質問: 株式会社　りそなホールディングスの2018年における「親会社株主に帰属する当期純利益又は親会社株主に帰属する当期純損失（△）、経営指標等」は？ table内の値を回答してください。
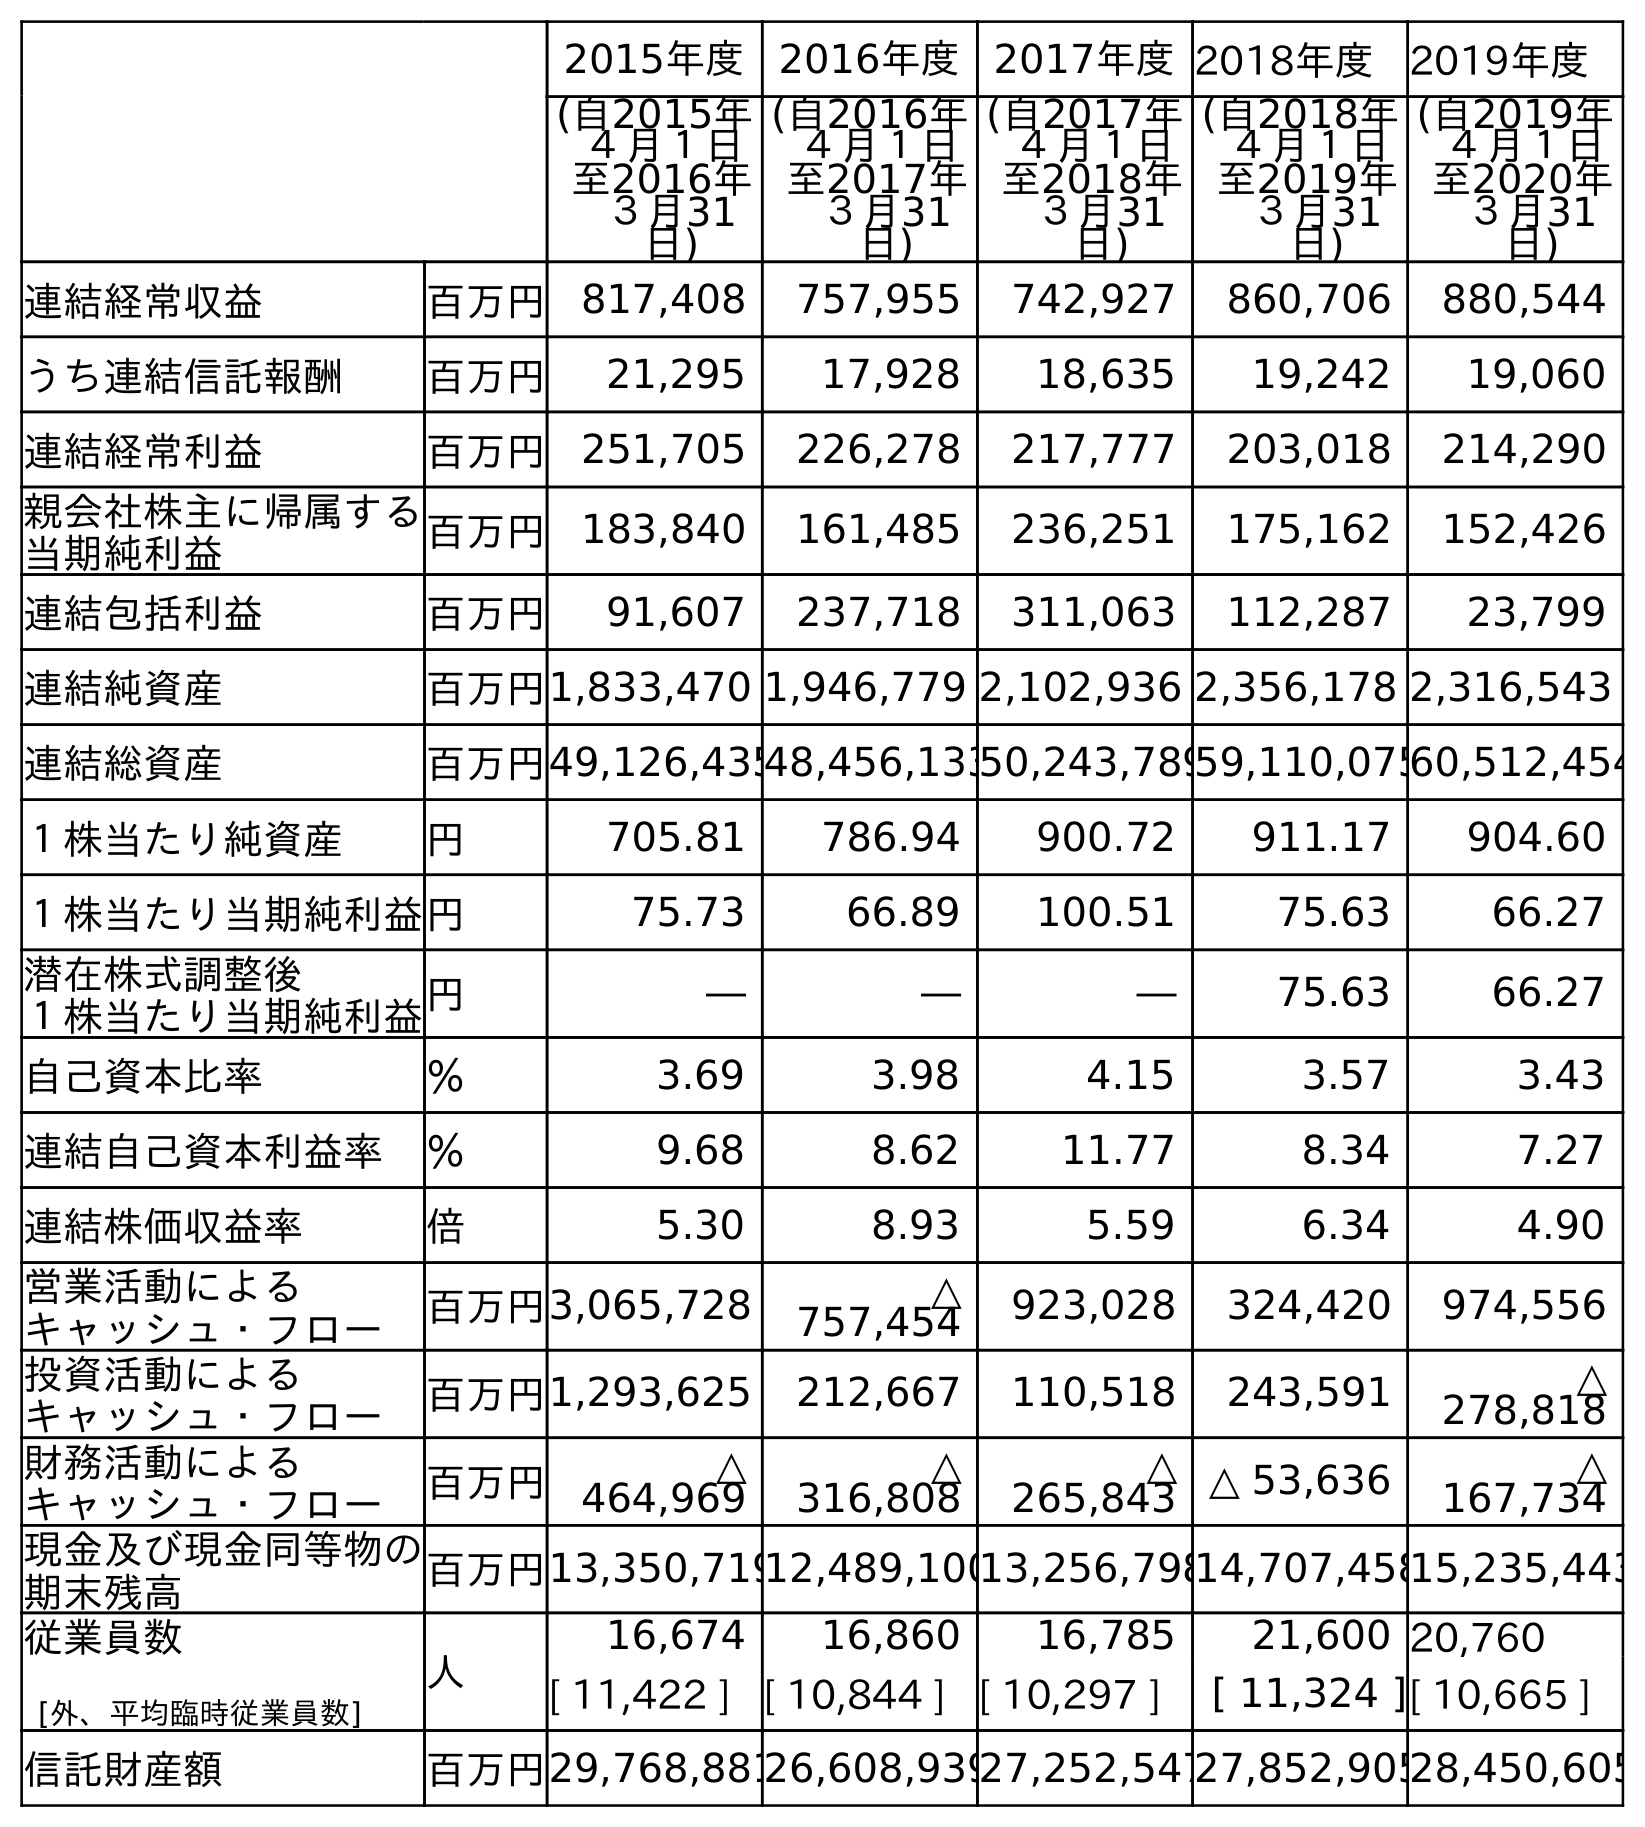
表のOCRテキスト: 2015年度 2016年度 2017年度2018年度 2019年度 (自2015年 ４月１日 至2016年 ３月31 日) (自2016年 ４月１日 至2017年 ３月31 日) (自2017年 ４月１日 至2018年 ３月31 日) (自2018年 ４月１日 至2019年 ３月31 日) (自2019年 ４月１日 至2020年 ３月31 日) 連結経常収益 百万円 817,408 757,955 742,927 860,706 880,544 うち連結信託報酬 百万円 21,295 17,928 18,635 19,242 19,060 連結経常利益 百万円 251,705 226,278 217,777 203,018 214,290 親会社株主に帰属する 当期純利益 百万円 183,840 161,485 236,251 175,162 152,426 連結包括利益 百万円 91,607 237,718 311,063 112,287 23,799 連結純資産 百万円1,833,470 1,946,779 2,102,936 2,356,178 2,316,543 連結総資産 百万円49,126,43548,456,13350,243,78959,110,07560,512,454 １株当たり純資産 円 705.81 786.94 900.72 911.17 904.60 １株当たり当期純利益円 75.73 66.89 100.51 75.63 66.27 潜在株式調整後 １株当たり当期純利益円 ― ― ― 75.63 66.27 自己資本比率 ％ 3.69 3.98 4.15 3.57 3.43 連結自己資本利益率 ％ 9.68 8.62 11.77 8.34 7.27 連結株価収益率 倍 5.30 8.93 5.59 6.34 4.90 営業活動による キャッシュ・フロー 百万円3,065,728 △ 757,454 923,028 324,420 974,556 投資活動による キャッシュ・フロー 百万円1,293,625 212,667 110,518 243,591 △ 278,818 財務活動による キャッシュ・フロー 百万円 △ 464,969 △ 316,808 △ 265,843 △ 53,636 △ 167,734 現金及び現金同等物の 期末残高 百万円13,350,71912,489,10013,256,79814,707,45815,235,443 従業員数 [外、平均臨時従業員数] 人 16,674 16,860 16,785 21,600 20,760 [ 11,422 ] [ 10,844 ] [ 10,297 ] [ 11,324 ][ 10,665 ] 信託財産額 百万円29,768,88126,608,93927,252,54727,852,90528,450,605
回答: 236,251